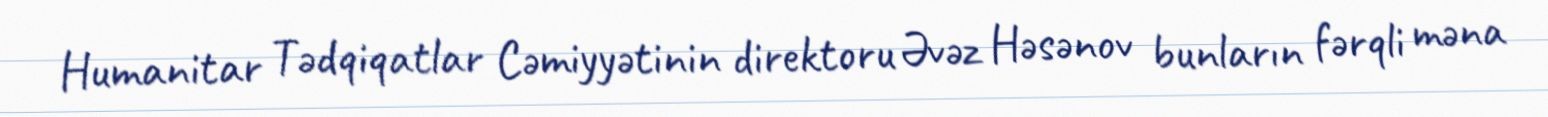
Humanitar Tədqiqatlar Cəmiyyətinin direktoru Əvəz Həsənov bunların fərqli məna